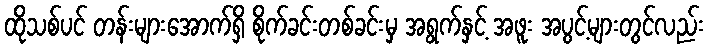
ထိုသစ်ပင် တန်းများအောက်ရှိ စိုက်ခင်းတစ်ခင်းမှ အရွက်နှင့် အဖူး အပွင့်များတွင်လည်း